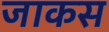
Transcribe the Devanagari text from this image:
जाकस